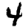
Digit: 4